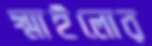
স্মাইলোর